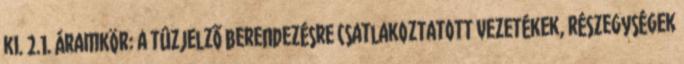
ki. 2.1. Áramkör: a tûzjelzõ berendezésre csatlakoztatott vezetékek, részegységek